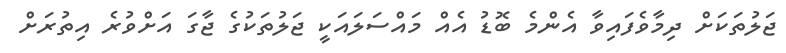
ޖަލުތަަކަށް ދިމާވެފައިވާ އެންމެ ބޮޑު އެއް މައްސަލައަކީ ޖަލުތަކުގެ ޖާގަ އަށްވުރެ އިތުރަށް